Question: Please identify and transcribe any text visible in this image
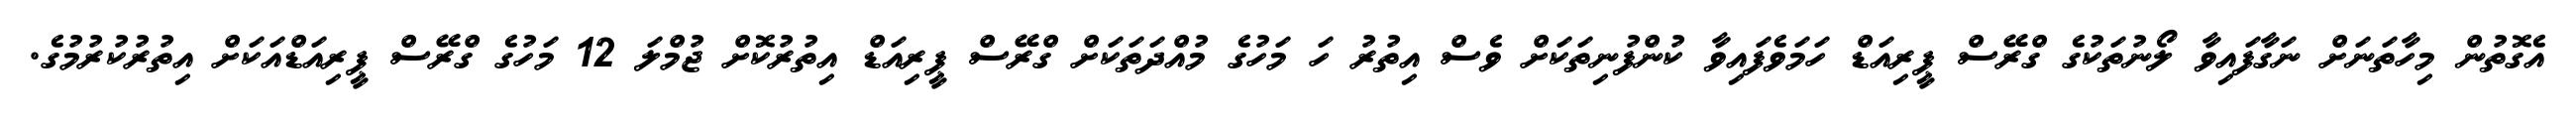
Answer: އެގޮތުން މިހާތަނަށް ނަގާފައިވާ ލޯނުތަކުގެ ގްރޭސް ޕީރިއަޑް ހަމަވެފައިވާ ކުންފުނިތަކަށް ވެސް އިތުރު ހަ މަހުގެ މުއްދަތަކަށް ގްރޭސް ޕީރިއަޑް އިތުރުކޮށް ޖުމްލަ 12 މަހުގެ ގްރޭސް ޕީރިއަޑްއަކަށް އިތުރުކުރުމުގެ.